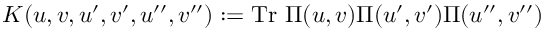
K ( u , v , u ^ { \prime } , v ^ { \prime } , u ^ { \prime \prime } , v ^ { \prime \prime } ) : = \mathrm { T r } ~ \Pi ( u , v ) \Pi ( u ^ { \prime } , v ^ { \prime } ) \Pi ( u ^ { \prime \prime } , v ^ { \prime \prime } )